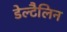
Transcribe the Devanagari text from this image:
डेल्टैलिन